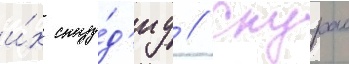
и́х сту́д'иу // Скурас